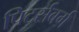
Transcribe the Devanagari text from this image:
पिटर्सबर्ग